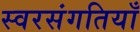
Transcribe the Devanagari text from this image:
स्वरसंगतियाँ